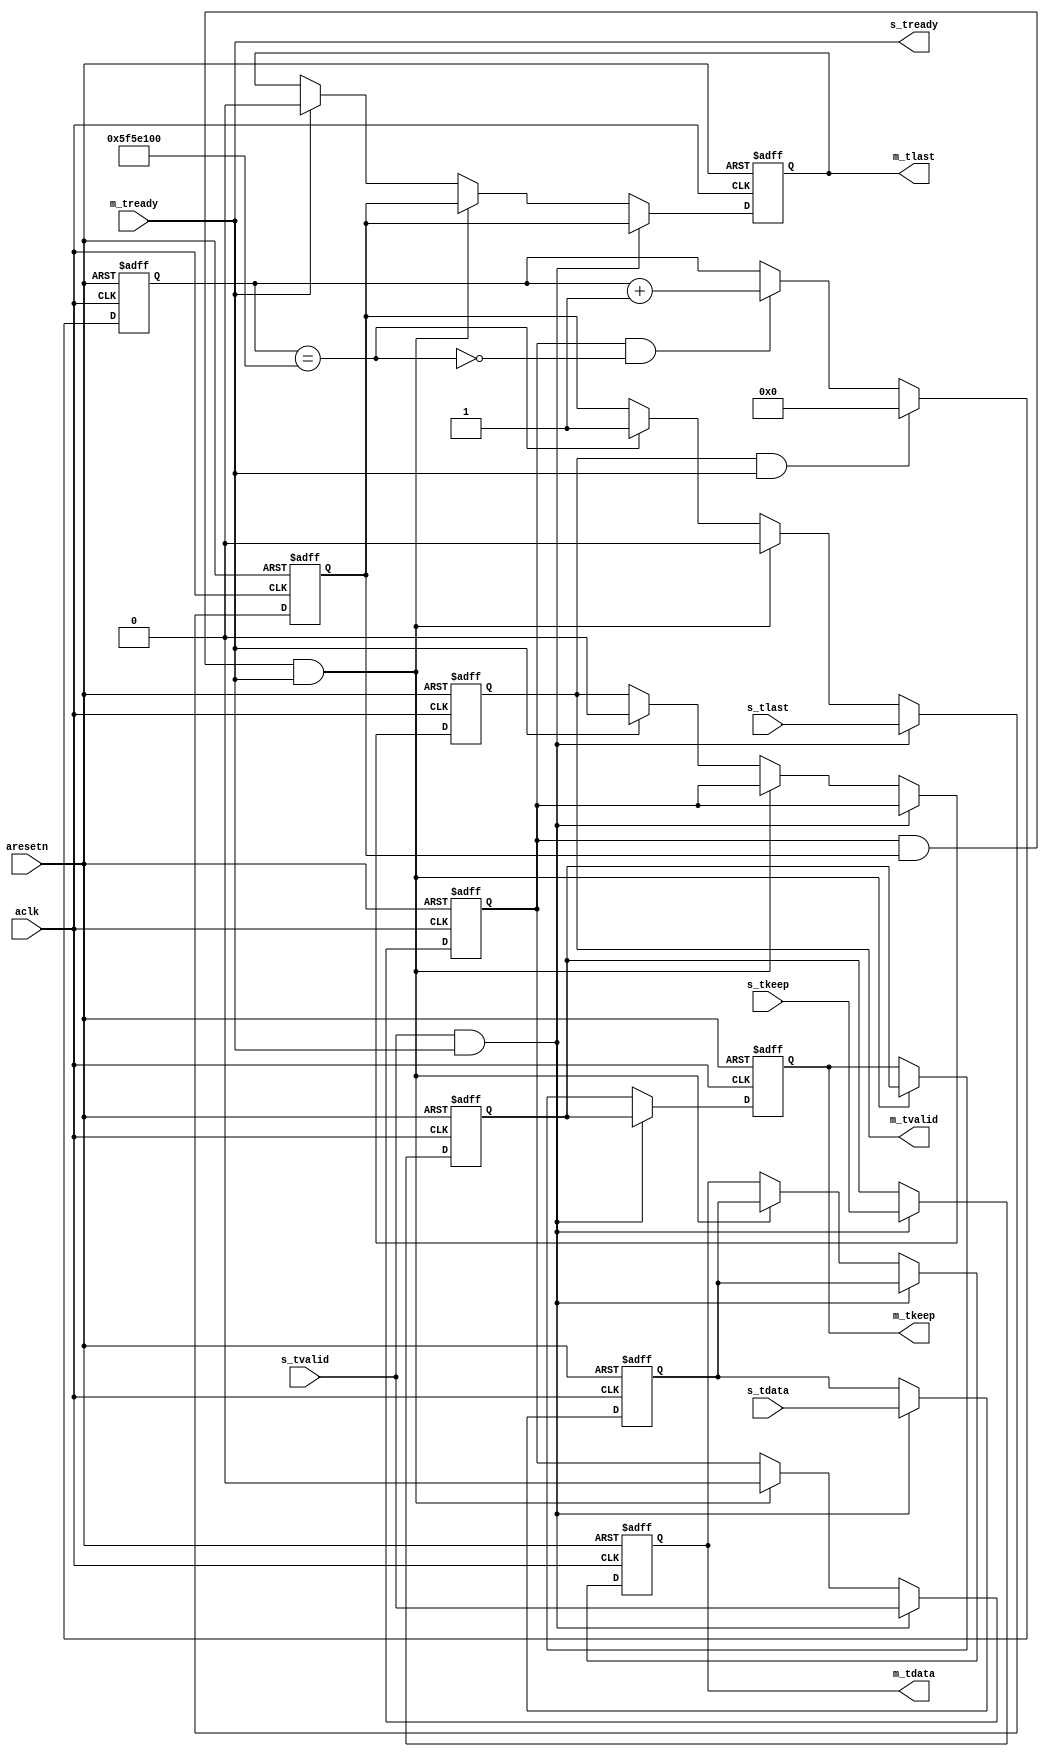
module axis_timeout #(
	parameter DATA_BITS=32,
	parameter TIMEOUT_CLOCKS=100000000
)(
	input	aclk,
	input	aresetn,

	input	[DATA_BITS-1:0] s_tdata,
	input	[DATA_BITS/8-1:0] s_tkeep,
	input	s_tvalid,
	input	s_tlast,
	output	s_tready,

	output	reg [DATA_BITS-1:0] m_tdata,
	output	reg [DATA_BITS/8-1:0] m_tkeep,
	output	reg m_tvalid,
	output	reg m_tlast,
	input	m_tready
);

reg [31:0] timer;
wire timeout;

reg [DATA_BITS-1:0] data_r;
reg [DATA_BITS/8-1:0] keep_r;
reg valid_r;
reg last_r;

assign s_tready = m_tready;

assign timeout = timer==TIMEOUT_CLOCKS;
always @(posedge aclk, negedge aresetn)
begin
	if(!aresetn) begin
		timer <= 0;
	end
	else if(m_tvalid && m_tready) begin
		timer <= 0;
	end
	else if(valid_r && !timeout) begin
		timer <= timer+1;
	end
end

always @(posedge aclk, negedge aresetn)
begin
	if(!aresetn) begin
		data_r <= 'bx;
		keep_r <= 'bx;
		valid_r <= 'b0;
		last_r <= 'b0;
	end
	else if(s_tvalid && m_tready) begin
		data_r <= s_tdata;
		keep_r <= s_tkeep;
		valid_r <= s_tvalid;
		last_r <= s_tlast;
	end
	else if(valid_r && last_r && m_tready) begin
		valid_r <= 1'b0;
		last_r <= 1'b0;
	end
	else if(timeout) begin
		last_r <= 1'b1;
	end
end

always @(posedge aclk, negedge aresetn)
begin
	if(!aresetn) begin
		m_tdata <= 'bx;
		m_tkeep <= 'bx;
		m_tvalid <= 1'b0;
		m_tlast <= 1'b0;
	end
	else if(s_tvalid && m_tready) begin
		m_tdata <= data_r;
		m_tkeep <= keep_r;
		m_tvalid <= valid_r;
		m_tlast <= last_r;
	end
	else if(valid_r && last_r && m_tready) begin
		m_tdata <= data_r;
		m_tkeep <= keep_r;
		m_tvalid <= valid_r;
		m_tlast <= last_r;
	end
	else if(m_tready) begin
		m_tvalid <= 1'b0;
		m_tlast <= 1'b0;
	end
end


endmodule